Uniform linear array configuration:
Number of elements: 64
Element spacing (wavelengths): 0.5
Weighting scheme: binomial
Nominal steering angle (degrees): -45
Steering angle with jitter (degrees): -45.856
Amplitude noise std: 0.05
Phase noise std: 0.05

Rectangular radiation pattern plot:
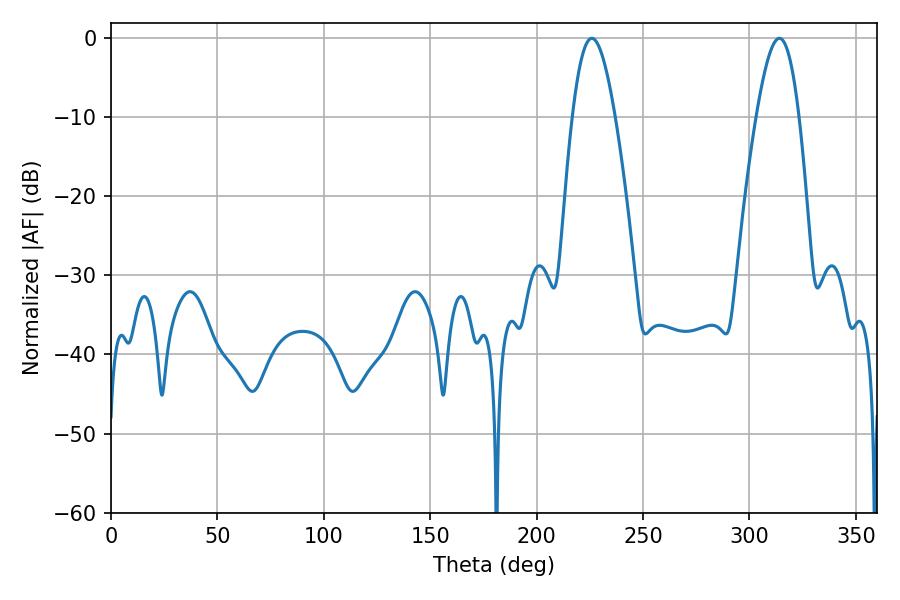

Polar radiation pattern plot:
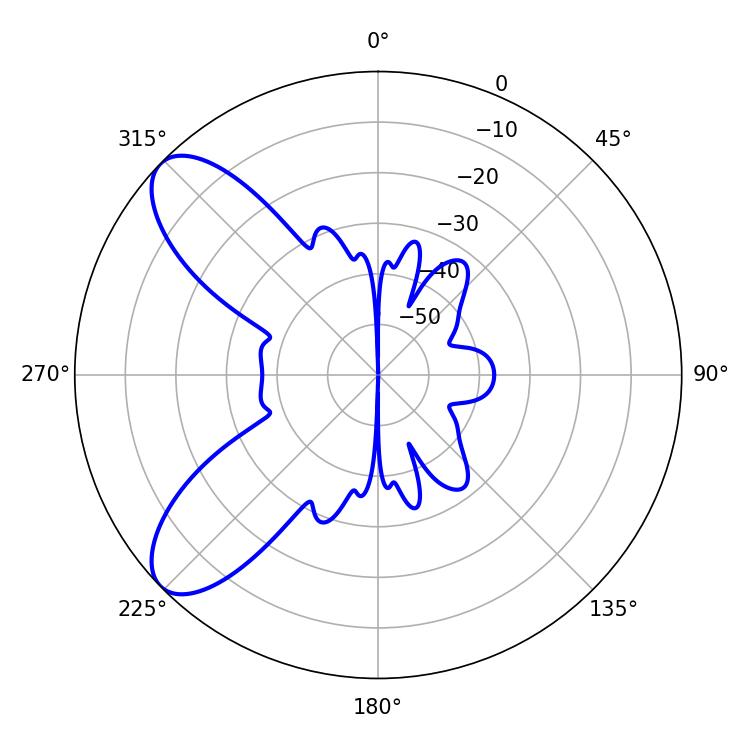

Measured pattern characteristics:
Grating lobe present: FALSE
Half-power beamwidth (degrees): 10.8
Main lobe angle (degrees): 225.9